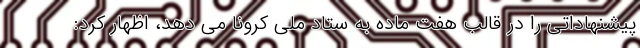
پیشنهاداتی را در قالب هفت ماده به ستاد ملی کرونا می دهد، اظهار کرد: